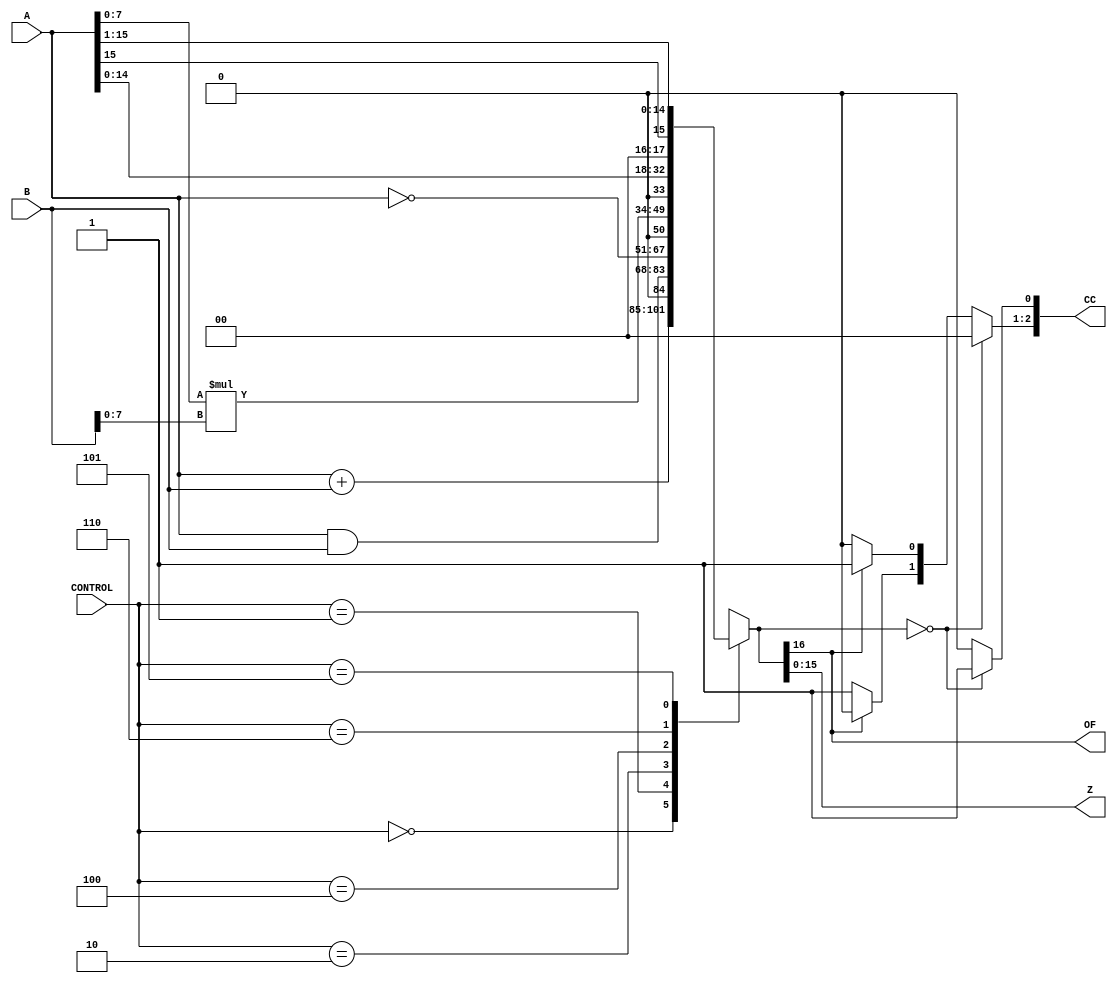
module ALU(A, B, CONTROL, CC, Z, OF);

    input  [15:0] A;       // port A
    input  [15:0] B;       // port B
    input  [ 2:0] CONTROL; // control for ALU
    output [ 2:0] CC;      // pos, neg, zero flags
    output [15:0] Z;       // result
    output        OF;      // overflow
    wire   [16:0] result;  // ALU result


    assign result = alu_out(A, B, CONTROL);
    assign Z = result[15:0];
    assign OF  = result[16];
    assign CC = flags(result);

     function [16:0] alu_out;
           input  [15:0] A,B;
           input  [2:0] CONTROL;
           case (CONTROL)
                   3'b000: alu_out=A+B;              // Add A,B
                   3'b001: alu_out=A&B;              // And A,B
                   3'b010: alu_out=~A;               // Not A
                   3'b100: alu_out=A[7:0] * B[7:0];  // Mul A,B
                   3'b110: alu_out={A[14:0],1'b0};   // Shift Left
                   3'b101: alu_out={A[15],A[15:1]};  // Shift Right (sign extend)
                 default: begin
                             alu_out=17'bX;
                       end    
             endcase  /* {...,...,...} is for the concatenation.
                         {ADD_WITH_CARRY,SUB_WITH_BORROW}==2'b11 is used
                         to force the CARRY==1 for the increment operation */  
       endfunction // end of function "result"

      function [2:0] flags;        // output [pos,neg,zero] flags
          input [16:0] x;
          
            begin

            //initialize flags to zero
            flags[0] = 0;
            flags[1] = 0;
            flags[2] = 0;
            
            // zero flag check for x
            if( x == 0)
            begin
                flags[0] = 1;
            end
            else
            begin
                if(x[16] == 1)
                begin
                    flags[1] = 1;
                    flags[2] = 0;
                end
                else
                begin
                    flags[1] = 0;
                    flags[2] = 1;
                end
            end
            end
      endfunction // end of function "flags"
endmodule